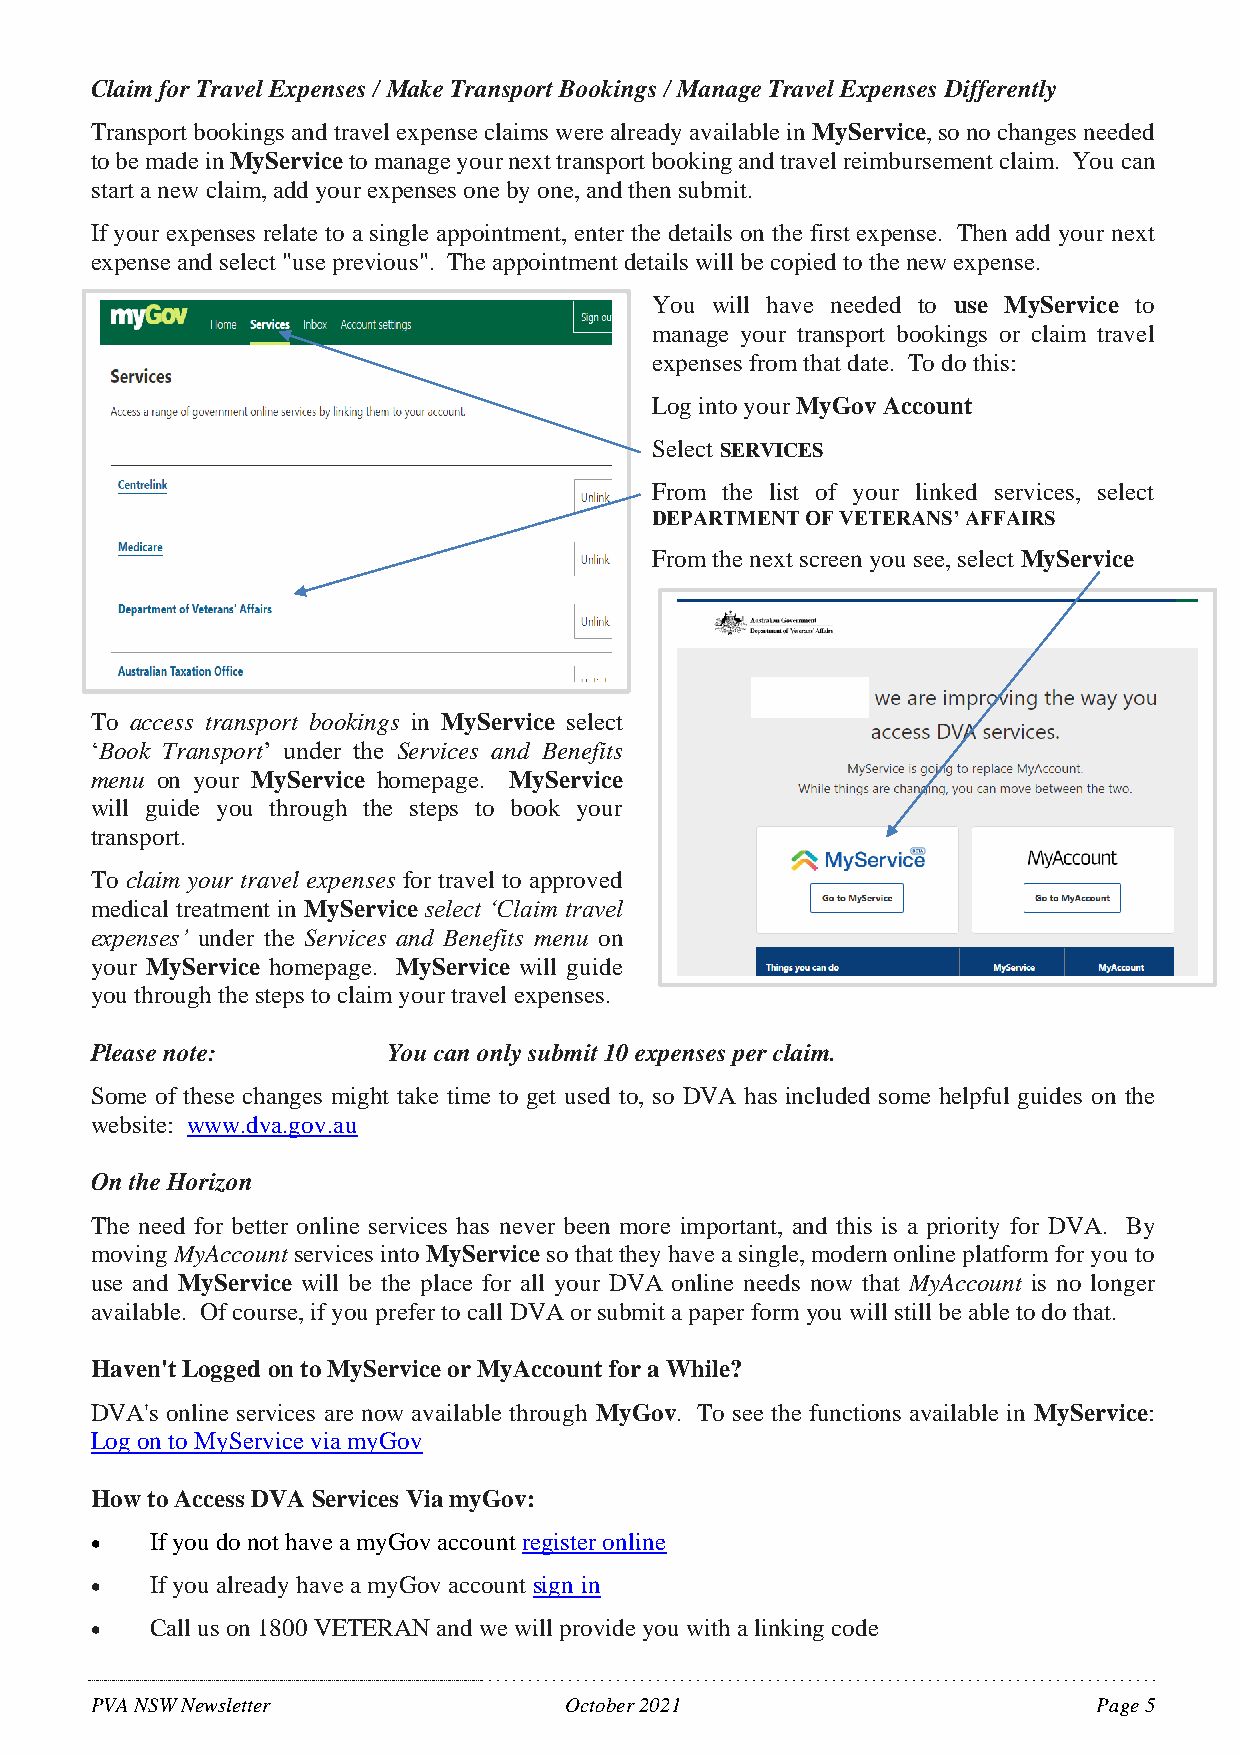
Claim for Travel Expenses / Make Transport Bookings / Manage Travel Expenses Differently
 Transport bookings and travel expense claims were already available in MyService, so no changes needed
 to be made in MyService to manage your next transport booking and travel reimbursement claim. You can
 start a new claim, add your expenses one by one, and then submit.
 If your expenses relate to a single appointment, enter the details on the first expense. Then add your next
 expense and select "use previous". The appointment details will be copied to the new expense.
 You will have needed to use MyService to
 manage your transport bookings or claim travel
 expenses from that date. To do this:
 Log into your MyGov Account
 Select SERVICES
 From the list of your linked services, select
 DEPARTMENT OF VETERANS’ AFFAIRS
 From the next screen you see, select MyService
 To access transport bookings in MyService select
 ‘Book Transport’ under the Services and Benefits
 menu on your MyService homepage. MyService
 will guide you through the steps to book your
 transport.
 To claim your travel expenses for travel to approved
 medical treatment in MyService select ‘Claim travel
 expenses’ under the Services and Benefits menu on
 your MyService homepage. MyService will guide
 you through the steps to claim your travel expenses.
 Please note:        You can only submit 10 expenses per claim.
 Some of these changes might take time to get used to, so DVA has included some helpful guides on the
 website: www.dva.gov.au
 On the Horizon
 The need for better online services has never been more important, and this is a priority for DVA. By
 moving MyAccount services into MyService so that they have a single, modern online platform for you to
 use and MyService will be the place for all your DVA online needs now that MyAccount is no longer
 available. Of course, if you prefer to call DVA or submit a paper form you will still be able to do that.
 Haven't Logged on to MyService or MyAccount for a While?
 DVA's online services are now available through MyGov. To see the functions available in MyService:
 Log on to MyService via myGov
 How to Access DVA Services Via myGov:
 •   If you do not have a myGov account register online
 •   If you already have a myGov account sign in
 •   Call us on 1800 VETERAN and we will provide you with a linking code
 PVA NSW Newsletter             October 2021                        Page 5